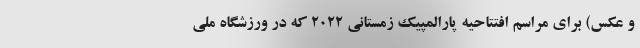
و عکس) برای مراسم افتتاحیه پارالمپیک زمستانی 2022 که در ورزشگاه ملی